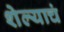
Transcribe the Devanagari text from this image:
शेल्याचं